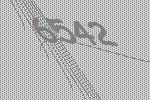
6542